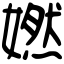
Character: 㜣